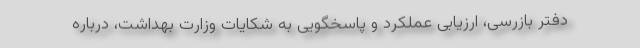
دفتر بازرسی، ارزیابی عملکرد و پاسخگویی به شکایات وزارت بهداشت، درباره